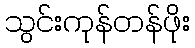
သွင်းကုန်တန်ဖိုး